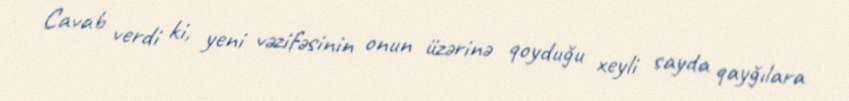
Cavab verdi ki, yeni vəzifəsinin onun üzərinə qoyduğu xeyli sayda qayğılara